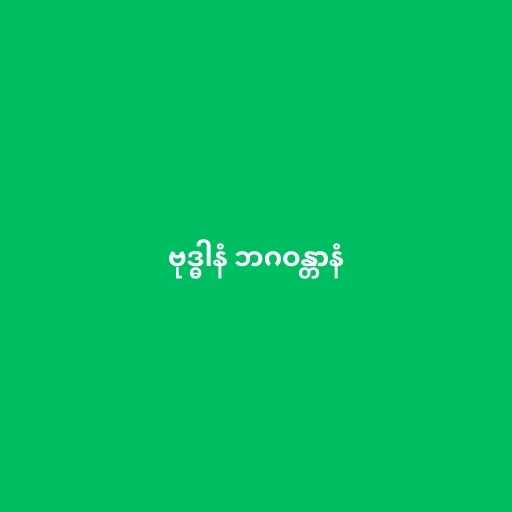
ဗုဒ္ဓါနံ ဘဂဝန္တာနံ